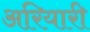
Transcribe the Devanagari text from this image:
अरियारी